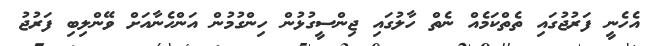
އެހެނީ ފަރުޖުގައި ތެތްކަމެއް ނެތް ހާލުގައި ޖިންސީގުޅުން ހިންގުމުން އަންހެނާއަށް ވޭންލިބި ފަރުޖު